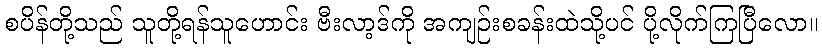
စပိန်တို့သည် သူတို့ရန်သူဟောင်း ဗီးလာ့ဒ်ကို အကျဉ်းစခန်းထဲသို့ပင် ပို့လိုက်ကြပြီလော။